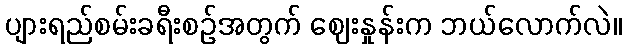
ပျားရည်စမ်းခရီးစဉ်အတွက် ဈေးနှုန်းက ဘယ်လောက်လဲ။